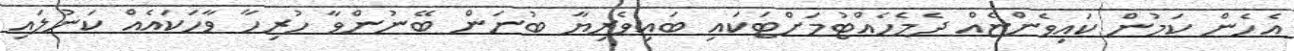
އެހެން ކަމުން ކައިވެންޏެއް ދެމެހެއްޓުމަށްޓަކައި ބައިވެރިޔާ ބުނަން ބޭނުންވާ ހުރިހާ ވާހަކައެއް ކަނުލައި